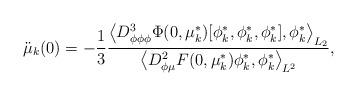
LaTeX: \begin{align*}\ddot \mu_{k}(0)=-\frac{1}{3}\frac{\left< D_{\phi\phi\phi}^3 \Phi(0,\mu^*_{k})[\phi^*_{k},\phi^*_{k},\phi^*_{k}],\phi^*_{k}\right>_{L_2}}{\left< D_{\phi \mu}^2 F(0,\mu^*_{k})\phi^*_{k},\phi^*_{k} \right>_{L^2}},\end{align*}